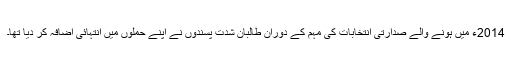
2014ء میں ہونے والے صدارتی انتخابات کی مہم کے دوران طالبان شدت پسندوں نے اپنے حملوں میں انتہائی اضافہ کر دیا تھا۔